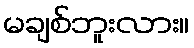
မချစ်ဘူးလား။